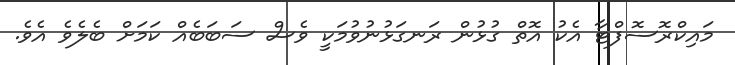
މައިކްރޮސޮފްޓާ އެކު އޮތް ގުޅުން ރަނގަޅުނުވުމަކީ ވެސް ސަބަބެއް ކަމަށް ބެލެވެ އެވެ.